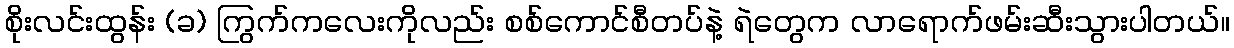
စိုးလင်းထွန်း (ခ) ကြွက်ကလေးကိုလည်း စစ်ကောင်စီတပ်နဲ့ ရဲတွေက လာရောက်ဖမ်းဆီးသွားပါတယ်။